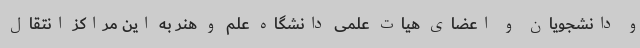
و دانشجویان و اعضای هیات علمی دانشگاه علم و هنر به این مراکز انتقال